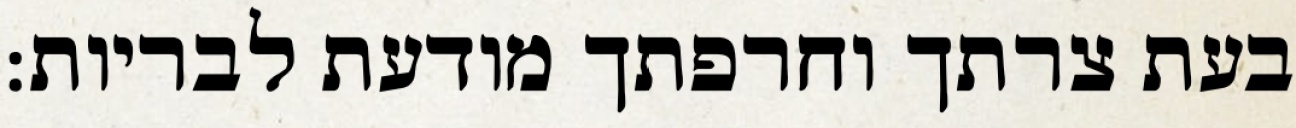
בעת צרתך וחרפתך מודעת לבריות: